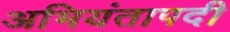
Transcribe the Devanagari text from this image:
अभियंतापदी